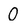
Character: O